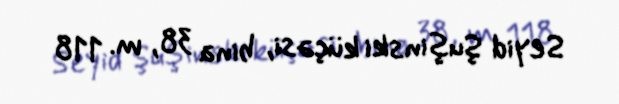
Seyid Şuşinski küçəsi, bina 38, m. 118